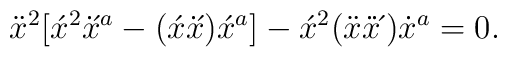
\ddot{x}^2\big[\acute{x}{}^2x\!\!\dot{}\,\acute{}\,{}^a -(\acute{x}x\!\!\dot{}\,\acute{}\,)\acute{x}{}^a\big] -\acute{x}^2(\ddot{x}x\!\!\dot{}\,\dot{}\,\acute{}\,)\dot{x}{}^a =0.